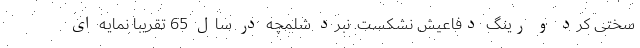
سختی کرد و رینگ دفاعیش نشکست. نبرد شلمچه در سال 65 تقریبا نمایه ای